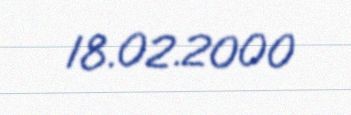
18.02.2000